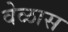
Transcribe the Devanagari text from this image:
वेळास